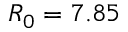
R _ { 0 } = 7 . 8 5